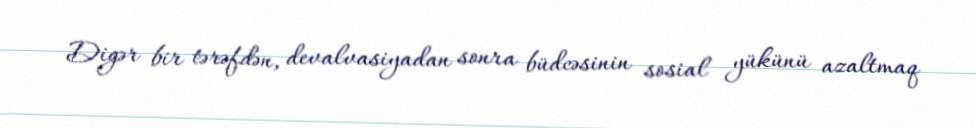
Digər bir tərəfdən, devalvasiyadan sonra büdcəsinin sosial yükünü azaltmaq